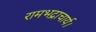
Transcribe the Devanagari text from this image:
रामभद्राचार्य।